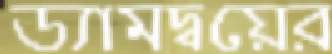
ড্যামদ্বয়ের